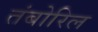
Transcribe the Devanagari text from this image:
तंबोरिल